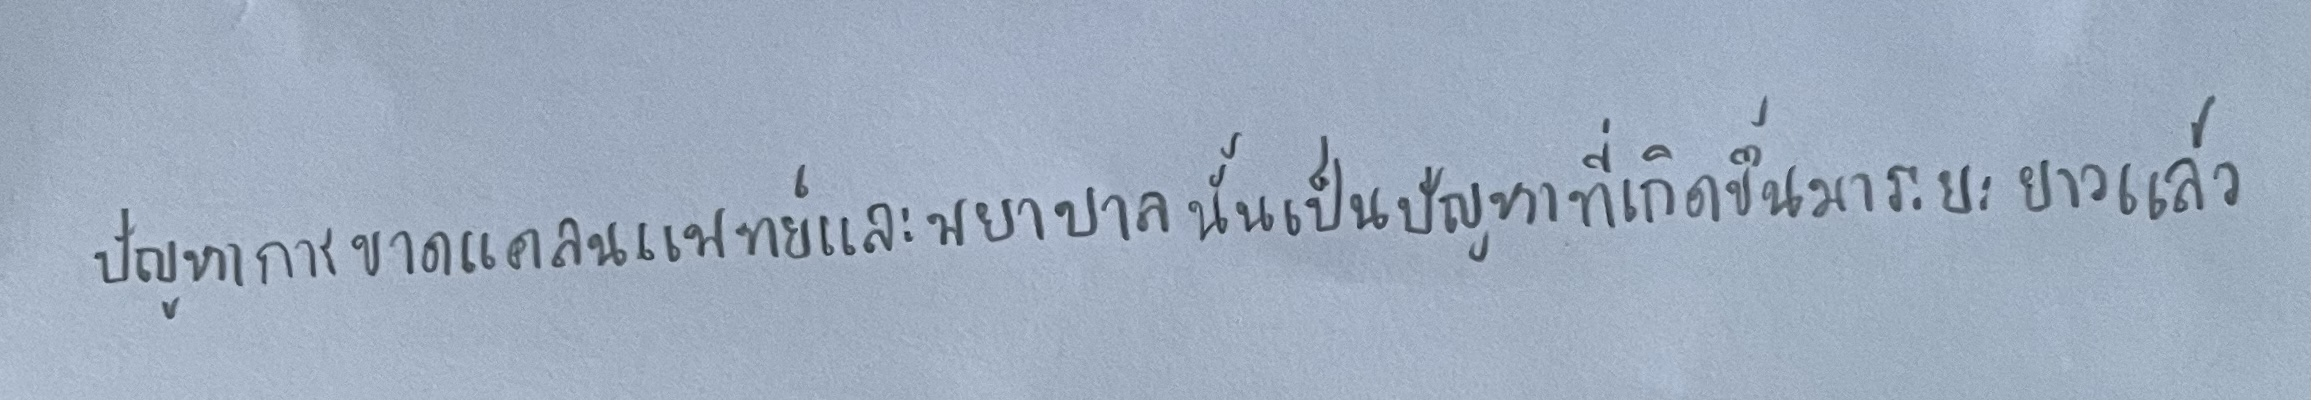
ปัญหาการขาดแคลนแพทย์และพยาบาลนั้นเป็นปัญหาที่เกิดขึ้นมาระยะยาวแล้ว